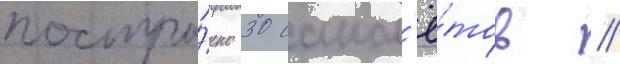
постро́ено 30 самол'ё́тов //